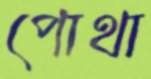
পোথা